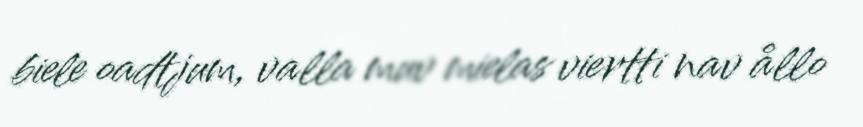
biele oadtjum, valla muv mielas viertti nav ållo